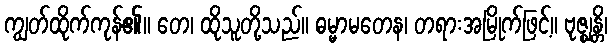
ကျွတ်ထိုက်ကုန်၏။ တေ၊ ထိုသူတို့သည်။ ဓမ္မာမတေန၊ တရားအမြိုက်ဖြင့်။ ဗုဇ္ဈန္တိ၊